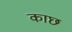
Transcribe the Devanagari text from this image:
काछ